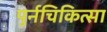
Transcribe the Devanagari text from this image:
पुर्नचिकित्सा